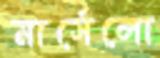
মার্সেলো